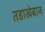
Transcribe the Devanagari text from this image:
तडाखेबाज